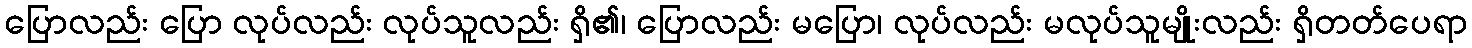
ပြောလည်း ပြော လုပ်လည်း လုပ်သူလည်း ရှိ၏၊ ပြောလည်း မပြော၊ လုပ်လည်း မလုပ်သူမျိုးလည်း ရှိတတ်ပေရာ